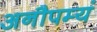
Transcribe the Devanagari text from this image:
अनौपम्यं